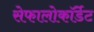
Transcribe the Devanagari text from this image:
सेफालोकॉर्डेट